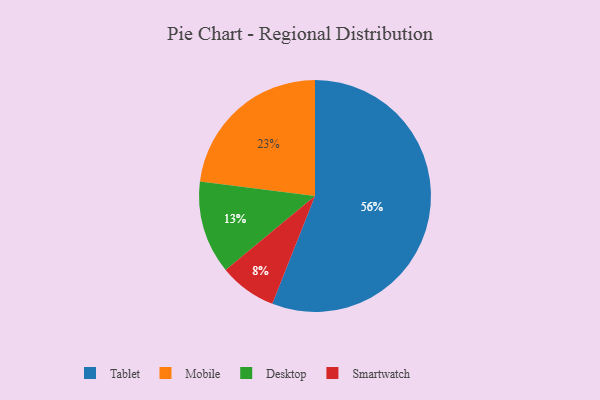
{"axis": {"x": "Category", "y": "Percentage"}, "legend": ["Desktop", "Mobile", "Smartwatch", "Tablet"], "data": [{"x": "Smartwatch", "y": 8, "type": "Smartwatch"}, {"x": "Mobile", "y": 23, "type": "Mobile"}, {"x": "Desktop", "y": 13, "type": "Desktop"}, {"x": "Tablet", "y": 56, "type": "Tablet"}]}